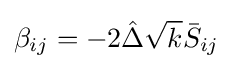
\beta _{ij}=-2{\hat {\Delta }}{\sqrt {k}}{\bar {S}}_{ij}